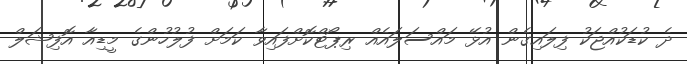
ދެ ކުޑަކުއްޖަކު ފިލައިގެން އުޅޭ މައްސަލައެއް ރިޕޯޓްކޮށްފައިވާ ކަމަށް ފުލުހުންގެ މީޑިއާ އޮފިޝަލް